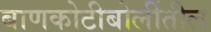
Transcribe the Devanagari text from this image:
बाणकोटीबोलींतील